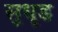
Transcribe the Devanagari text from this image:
सुधृड